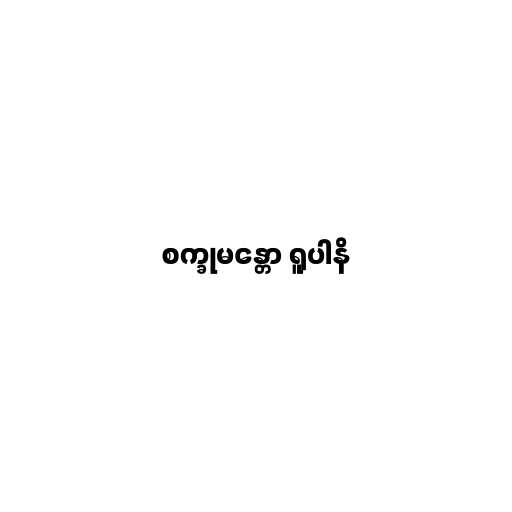
စက္ခုမန္တော ရူပါနိ